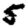
Digit: 5